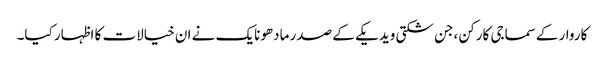
کاروار کےسماجی کارکن ،جن شکتی ویدیکے کے صدر مادھونایک نے ان خیالات کا اظہار کیا۔